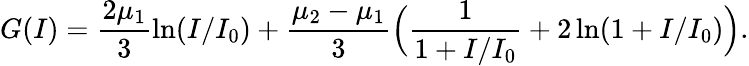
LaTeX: G(I)=\frac{2\mu_{1}}{3}\ln(I/I_{0})+\frac{\mu_{2}-\mu_{1}}{3}\Big(\frac{1}{1+I/I_{0}}+2\ln(1+I/I_{0})\Big).